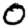
Digit: 0